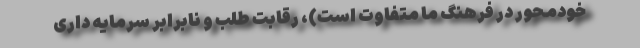
خودمحور در فرهنگ ما متفاوت است)، رقابت طلب و نابرابرِ سرمایه داری